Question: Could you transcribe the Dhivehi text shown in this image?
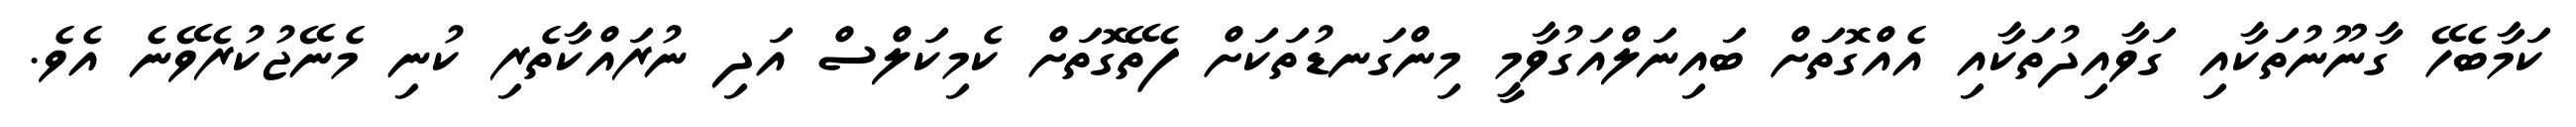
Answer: ކަމާބެހޭ ގާނޫނުތަކާއި ގަވާއިދުތަކާއި އެއްގޮތަށް ބައިނަލްއަގުވާމީ މިންގަނޑުތަކަށް ފެތޭގޮތަށް ކެމިކަލްސް އަދި ނުރައްކާތެރި ކުނި މެނޭޖުކުރެވޭނެ އެވެ.